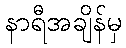
နာရီအချိန်မှ